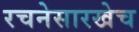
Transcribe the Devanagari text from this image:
रचनेसारखेच